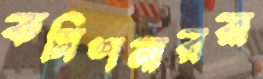
কমিশনাররা